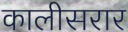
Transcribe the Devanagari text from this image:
कालीसरार